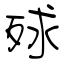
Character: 殏